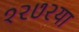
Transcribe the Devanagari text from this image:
१२७२या